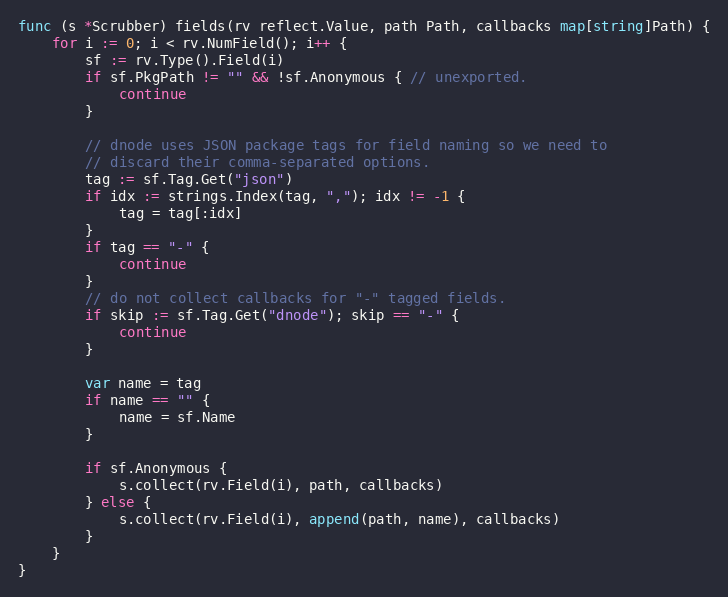
Language: Go
func (s *Scrubber) fields(rv reflect.Value, path Path, callbacks map[string]Path) {
	for i := 0; i < rv.NumField(); i++ {
		sf := rv.Type().Field(i)
		if sf.PkgPath != "" && !sf.Anonymous { // unexported.
			continue
		}

		// dnode uses JSON package tags for field naming so we need to
		// discard their comma-separated options.
		tag := sf.Tag.Get("json")
		if idx := strings.Index(tag, ","); idx != -1 {
			tag = tag[:idx]
		}
		if tag == "-" {
			continue
		}
		// do not collect callbacks for "-" tagged fields.
		if skip := sf.Tag.Get("dnode"); skip == "-" {
			continue
		}

		var name = tag
		if name == "" {
			name = sf.Name
		}

		if sf.Anonymous {
			s.collect(rv.Field(i), path, callbacks)
		} else {
			s.collect(rv.Field(i), append(path, name), callbacks)
		}
	}
}